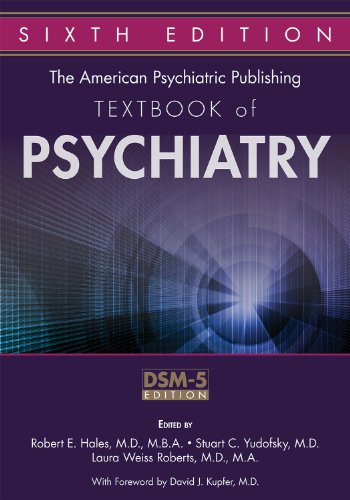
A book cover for The American Psychiatric Publishing Textbook of Psychiatry; Robert E. Hales; Medical Books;